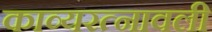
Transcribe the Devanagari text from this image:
काव्यरत्‍नावली